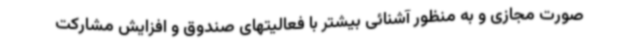
صورت مجازی و به منظور آشنائی بیشتر با فعالیتهای صندوق و افزایش مشارکت